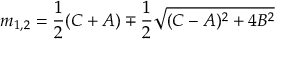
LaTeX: m _ { 1 , 2 } = { \frac { 1 } { 2 } } ( C + A ) \mp { \frac { 1 } { 2 } } \sqrt { ( C - A ) ^ { 2 } + 4 B ^ { 2 } }